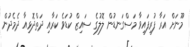
މޫނަށް އަރާ ފުރިފައިވާ މަސްގަނޑުން ލޮލުގެ ސައިޒް ކުޑަވެ ކަރާއި ދަތްދޮޅިއާ ދެމެދުން